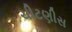
ચીટણીસ